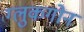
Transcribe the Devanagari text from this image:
ग्लुकगोन